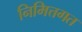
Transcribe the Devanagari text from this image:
निमित्तगत